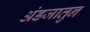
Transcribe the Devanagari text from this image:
अंडजातुन